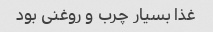
غذا بسیار چرب و روغنی بود